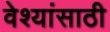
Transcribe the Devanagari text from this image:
वेश्यांसाठी